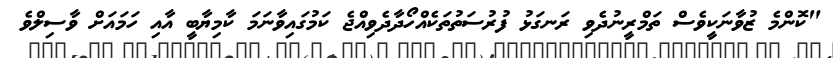
"ކޮންމެ ޒުވާނަކީވެސް ތަމްރީނުދެވި ރަނގަޅު ފުރުސަތުތަކެއްހޯދާދެވިއްޖެ ކަމުގައިވާނަމަ ކާމިޔާބީ އާއި ހަމައަށް ވާސިލްވެ